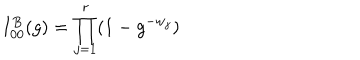
LaTeX: I _ { 0 0 } ^ { B } ( g ) = \prod _ { j = 1 } ^ { r } ( 1 - g ^ { - w _ { j } } )